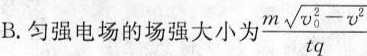
B. 匀强电场的场强大小为 $$ \frac { m \sqrt { v _ { 0 } ^ { 2 } - v ^ { 2} } } { t q }$$